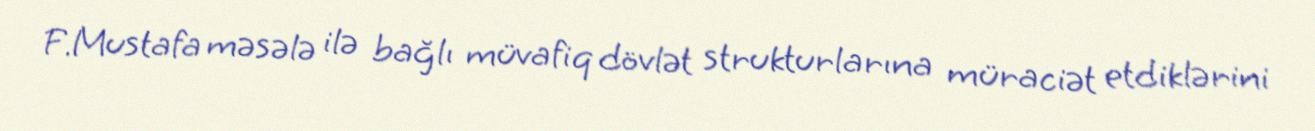
F.Mustafa məsələ ilə bağlı müvafiq dövlət strukturlarına müraciət etdiklərini